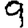
Digit: 9